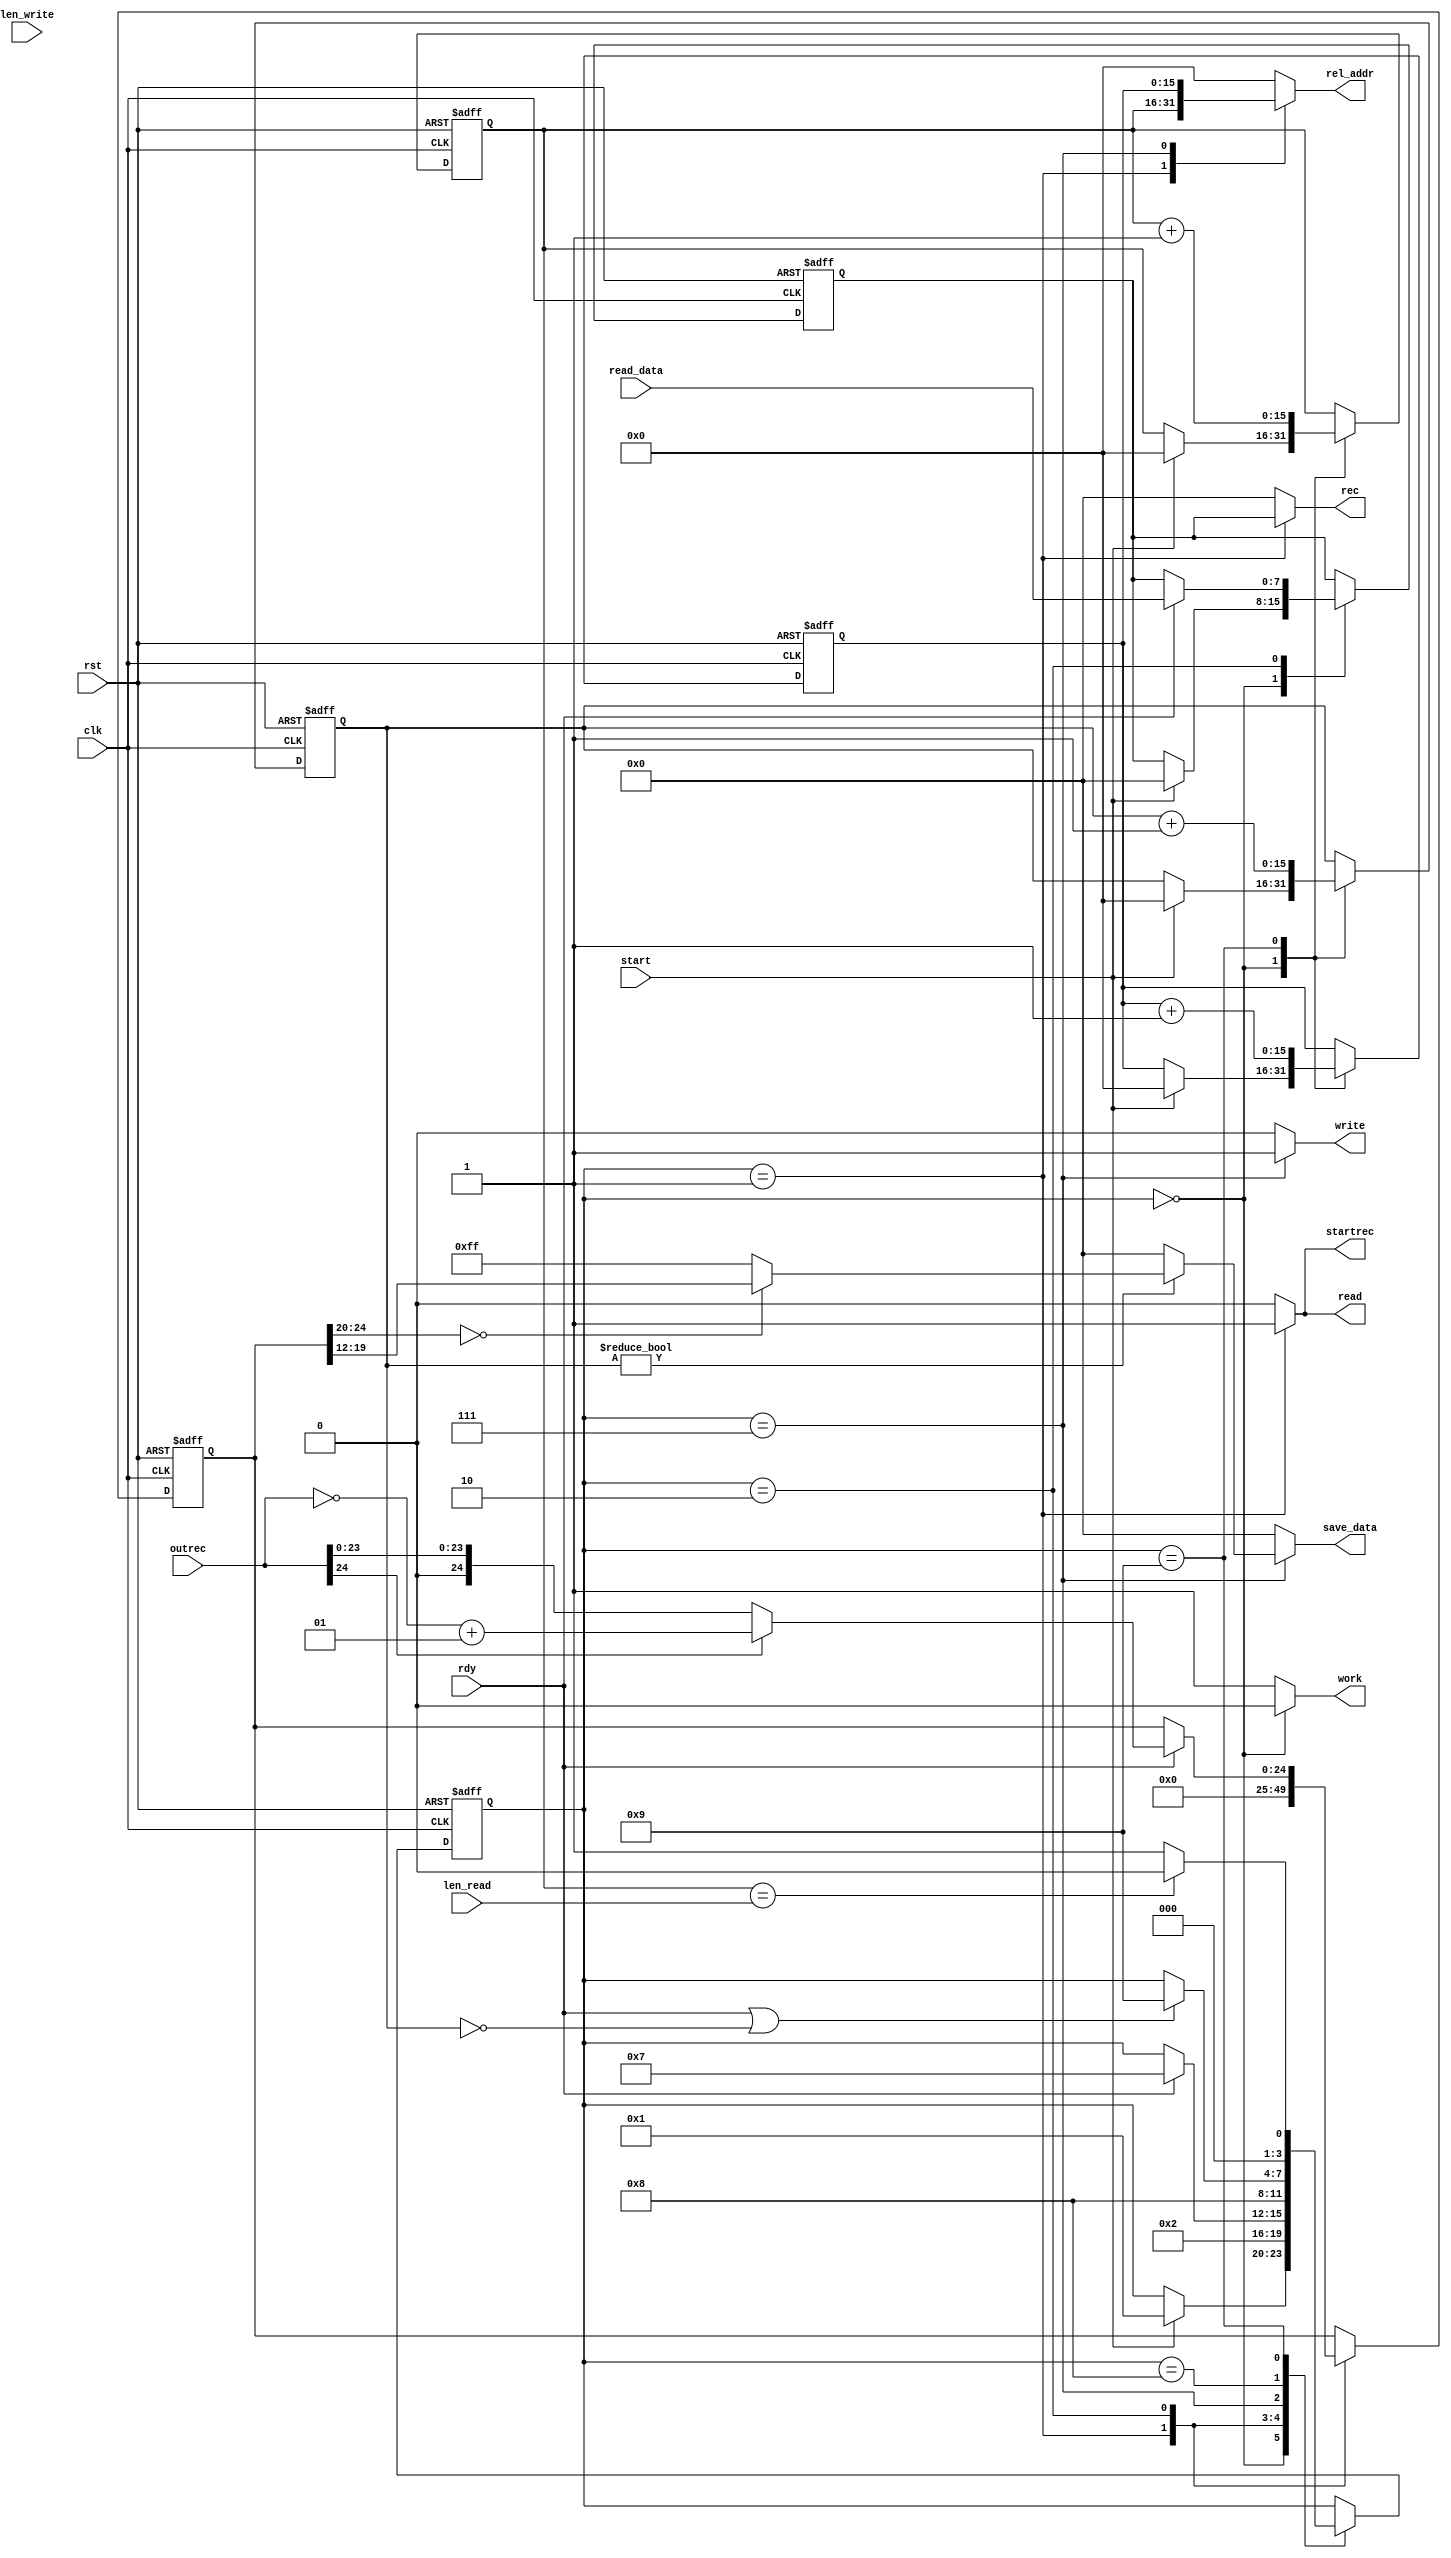
module conclover_core(
	input clk,
	input rst,
	
	input[15:0] len_write,
	input[15:0] len_read,
	
	input start,
	output reg work,
	// Inside bus
	
	output reg[15:0] rel_addr,
	output reg write,
	output reg read,
	
	output reg[7:0] save_data,
	input[7:0] read_data,
	input rdy,
	
	// Conclover Bus
	
	output reg signed[7:0] rec,
	output reg startrec,
	input signed[24:0] outrec

);


reg signed[24:0] f_abs;
reg signed[24:0] n_abs;


reg[15:0] f_cycles;
reg[15:0] n_cycles;

reg[15:0] f_reladdrread;
reg[15:0] n_reladdrread;

reg[15:0] f_reladdrsave;
reg[15:0] n_reladdrsave;

reg[7:0] f_memread;
reg[7:0] n_memread;

reg[7:0] f_memsave;
reg[7:0] n_memsave;

reg[3:0] f_status;
reg[3:0] n_status;

always@(posedge clk or posedge rst)begin
	if(rst) f_reladdrsave <= 0;
	else f_reladdrsave <= n_reladdrsave;
end

always@(posedge clk or posedge rst)begin
	if(rst) f_reladdrread <= 0;
	else f_reladdrread <= n_reladdrread;
end

always@(posedge clk or posedge rst)begin
	if(rst) f_status <= 0;
	else f_status <= n_status;
end

always@(posedge clk or posedge rst)begin
	if(rst) f_memsave <= 0;
	else f_memsave <= n_memsave;
end

always@(posedge clk or posedge rst)begin
	if(rst) f_memread <= 0;
	else f_memread <= n_memread;
end

always@(posedge clk or posedge rst)begin
	if(rst) f_abs <= 0;
	else f_abs <= n_abs;
end

always@(posedge clk or posedge rst)begin
	if(rst) f_cycles <= 0;
	else f_cycles <= n_cycles;
end


localparam IDLE = 0;
localparam LOAD_DATA = 1;
localparam WAIT_DATA = 2;
localparam SEND_COPPER = 3;
localparam WAIT_COPPER = 10;
localparam RECEIV_COPPER = 4;
localparam ABS = 5;
localparam REDUCE_VAL = 6;
localparam SAVE = 7;
localparam WAIT_SAVE = 8;
localparam VERIFY = 9;

always@(*)begin
	n_status = f_status;
	
	case(f_status)
		IDLE:
			if(start) n_status = LOAD_DATA;
		LOAD_DATA: n_status = WAIT_DATA;
		WAIT_DATA: 
			if(rdy) n_status = SAVE;
		SAVE: n_status = WAIT_SAVE;
		WAIT_SAVE: 
					if(rdy || f_cycles == 0) n_status = VERIFY;
		VERIFY: 
					if(f_reladdrread== len_read) n_status = IDLE;
					else n_status = LOAD_DATA;
		
	endcase
end

always@(*) begin

	n_abs = f_abs;
	
	rec = 0;
	startrec = 0;
	save_data = 0;
	
	case(f_status)
		LOAD_DATA: begin
				n_abs = 0;
				
				rec = $signed(f_memread);
				startrec = 1;
				
			end
		WAIT_DATA: begin
				if(rdy) begin
					
					if(outrec[24] == 1) n_abs = (~outrec) + 1;
					else n_abs = outrec;
					
				end
			end
		SAVE: begin
		
				if(f_cycles != 0) begin
					
					if(f_abs[24:20] == 0) save_data = f_abs[19:12];
					else save_data = 255;

				end else save_data = 0;
				
			end

	endcase
	
end

always@(*)begin

	
	n_memread = f_memread;
	n_memsave = f_memsave;
	
	n_reladdrread = f_reladdrread;
	n_reladdrsave = f_reladdrsave;

	n_cycles = f_cycles;
	
	work = 1;
	
	rel_addr = 0;
	write = 0;
	read = 0;
	
	case(f_status)
		IDLE: begin 
			work = 0;
			
			if(start) begin
				n_reladdrread = 0;
				n_reladdrsave = 0;
				n_cycles = 0;
				
				n_memread = 0;
				n_memsave = 0;
				
			end
				
			end
		LOAD_DATA: begin
		
				rel_addr = f_reladdrread;
				read = 1;
				
				
			end
		WAIT_DATA: begin
				if(rdy) begin
					
					n_memread = read_data;
					
				end
			end
		SAVE: begin
		
				rel_addr = f_reladdrsave;
				write = 1;
				
			end
		VERIFY: begin
				n_reladdrread = f_reladdrread + 1;
				n_reladdrsave = f_reladdrsave + 1;
				
				n_cycles = f_cycles + 1;
				
			end
	endcase
end

endmodule